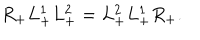
R _ { + } L _ { + } ^ { 1 } L _ { + } ^ { 2 } = L _ { + } ^ { 2 } L _ { + } ^ { 1 } R _ { + } .